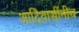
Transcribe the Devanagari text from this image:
आदिवासींनीच